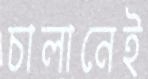
চালানেই